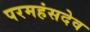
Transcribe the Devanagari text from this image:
परमहंसदेव